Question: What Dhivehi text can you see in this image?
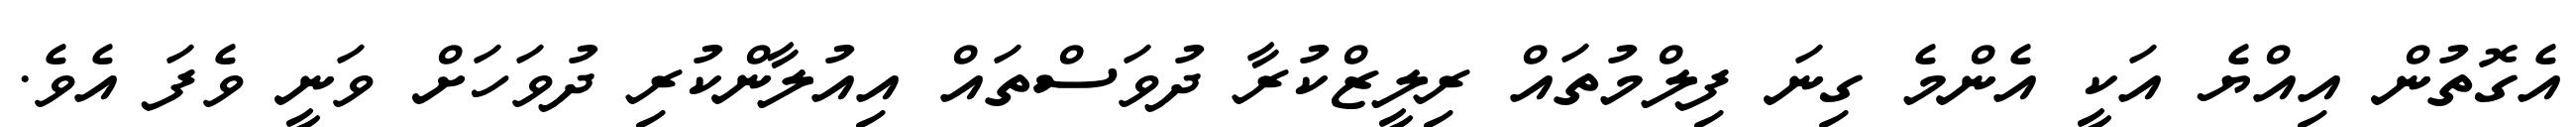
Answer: އެގޮތުން އިއްޔެ އަކީ އެންމެ ގިނަ ފިލްމުތައް ރިލީޒްކުރާ ދުވަސްތައް އިއުލާންކުރި ދުވަހަށް ވަނީ ވެފަ އެވެ.